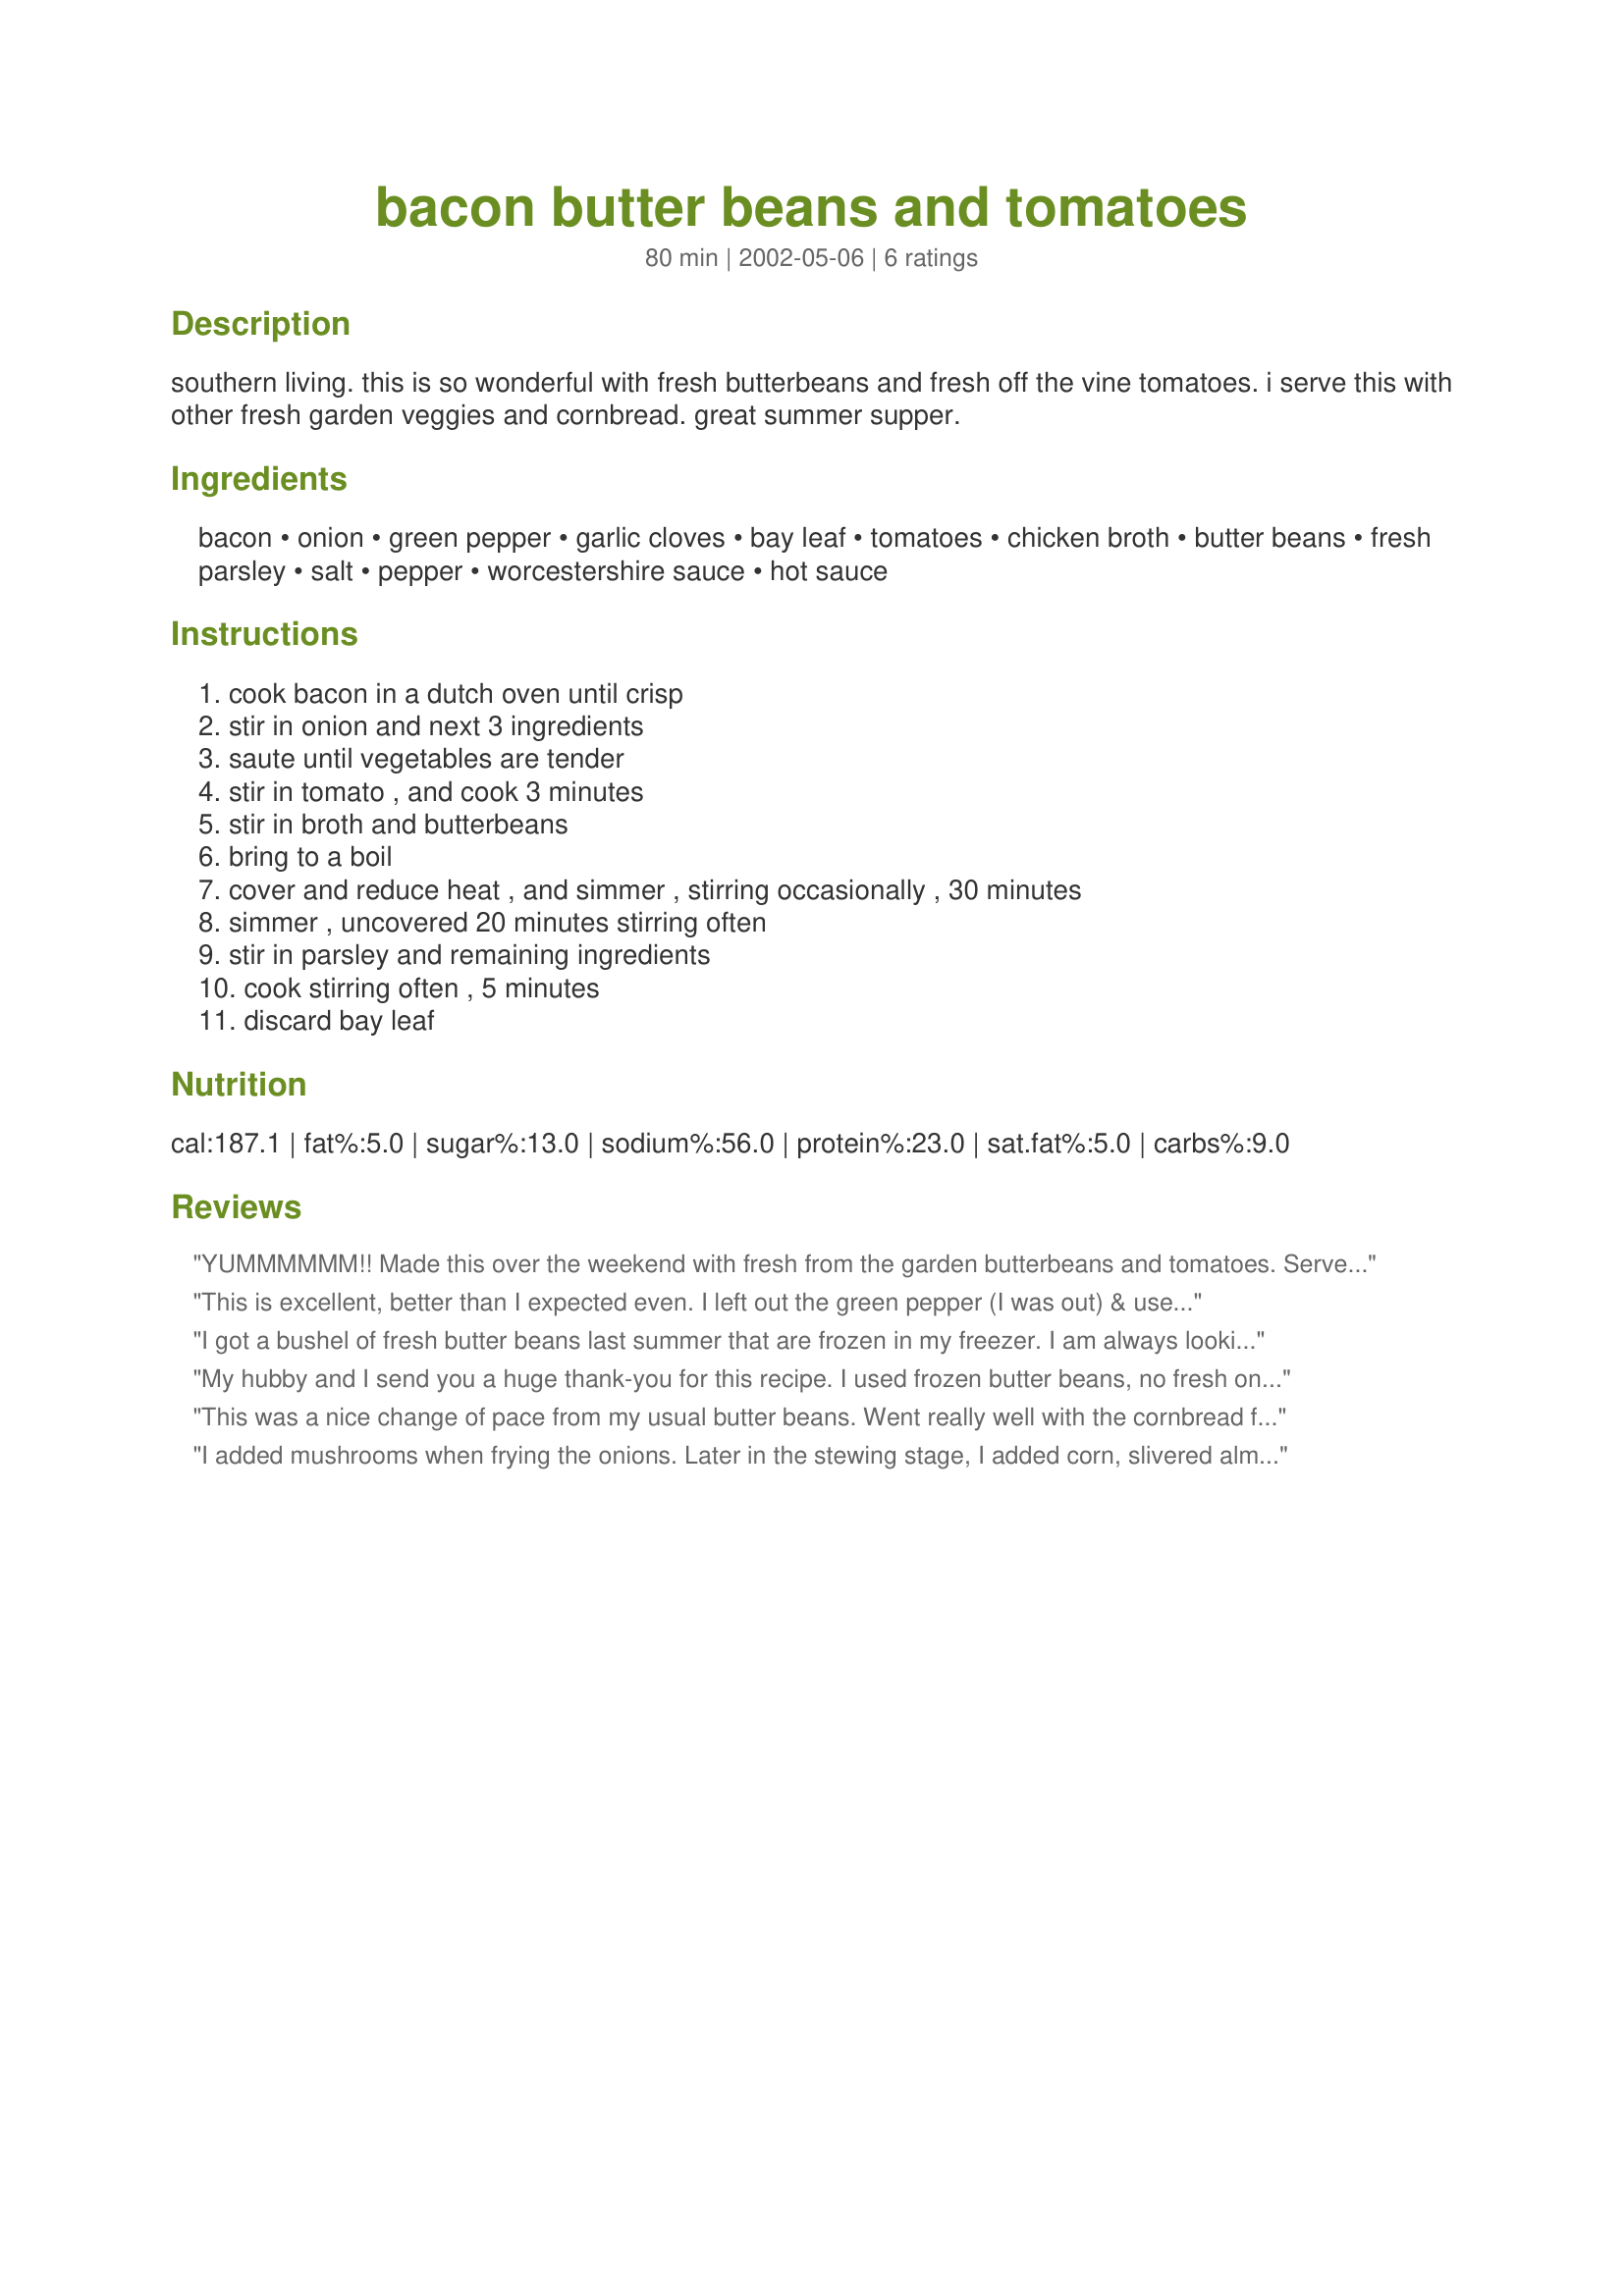
bacon butter beans and tomatoes
Preparation time: 80 minutes

southern living. this is so wonderful with fresh butterbeans and fresh off the vine tomatoes. i serve this with other fresh garden veggies and cornbread. great summer supper.

Ingredients:
bacon, onion, green pepper, garlic cloves, bay leaf, tomatoes, chicken broth, butter beans, fresh parsley, salt, pepper, worcestershire sauce, hot sauce

Steps:
cook bacon in a dutch oven until crisp, stir in onion and next 3 ingredients, saute until vegetables are tender, stir in tomato , and cook 3 minutes, stir in broth and butterbeans, bring to a boil, cover and reduce heat , and simmer , stirring occasionally , 30 minutes, simmer , uncovered 20 minutes stirring often, stir in parsley and remaining ingredients, cook stirring often , 5 minutes, discard bay leaf

Reviews:
YUMMMMMM!! Made this over the weekend with fresh from the garden butterbeans and tomatoes. Served it over cornbread. Wonderful southern dish. I think the bacon and garlic make this extra-special. Outstanding. Thanks NurseDi.
This is excellent, better than I expected even. I left out the green pepper (I was out) & used two large, lucious tomatoes from MIL's garden. Otherwise followed exactly, using frozen butter beans. This was so flavorful, so southern. I topped each bowlful with a little more chopped, crisp bacon. Excellent, easy, perfect for a weeknight meal. Thank you!
I got a bushel of fresh butter beans last summer that are frozen in my freezer. I am always looking for new ways to cook them, and this recipe is fantastic. My toddler devours them when I make this recipe. I don't change anything about the recipe and we love it! Thanks!
My hubby and I send you a huge thank-you for this recipe. I used frozen butter beans, no fresh ones to be found. Reminds me of a dish my grandmother used to make. I spooned it over homemade cornbread. Quite filling and homey tasting. Thanks Nurse Di.
This was a nice change of pace from my usual butter beans. Went really well with the cornbread for an easy and great summer supper.
I added mushrooms when frying the onions. Later in the stewing stage, I added corn, slivered almonds, and a dash or two of creole seasoning. Good stuff!
